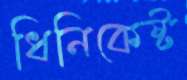
ধিনিকেষ্ট